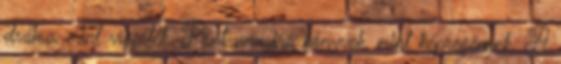
dráma, mint vígjáték. Pont annyira könyvek, mint képregények. A